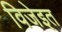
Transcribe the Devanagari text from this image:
विजेइत